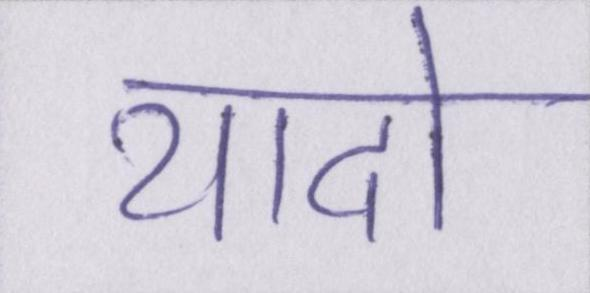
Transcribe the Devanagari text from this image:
यादो